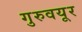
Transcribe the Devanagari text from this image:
गुरुवयूर